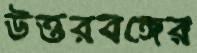
উত্তরবঙ্গের